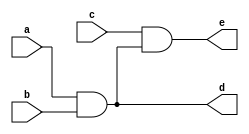
`timescale 1ns / 1ps
//////////////////////////////////////////////////////////////////////////////////
// Company: 
// Engineer: 
// 
// Design Name: 
// Module Name: _twoand
// Project Name: 
// Target Devices: 
// Tool Versions: 
// Description: 
// 
// Dependencies: 
// 
// Revision:
// Revision 0.01 - File Created
// Additional Comments:
// 
//////////////////////////////////////////////////////////////////////////////////

module _twoand(
    input a,b,c,
    output d,e
    );
    assign d=a&b;
    assign e=c&d;
endmodule